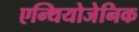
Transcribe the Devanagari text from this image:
एन्थियोजेनिक